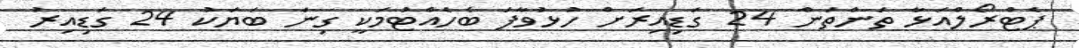
ޕެޓްރޯލްއަޅާ ތަންތަން 24 ގަޑިއިރަށް ހުޅުވާފަ ބެހެއްޓުމަކީ ގިނަ ބަޔަކު 24 ގަޑިއިރު